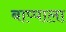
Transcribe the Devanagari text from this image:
बाप्पाला